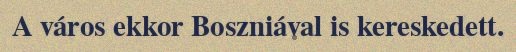
A város ekkor Boszniával is kereskedett.